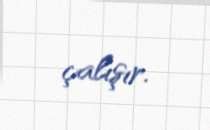
çalışır.